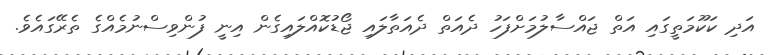
އަދި ކަކޫމަތީގައި އަތް ޖައްސާލުމަށްފަހު ދެއަތް ދެއަތާލައި ޖޯޑުކޮއްލައިގެން އިނީ ފުންވިސްނުމެއްގެ ތެރޭގައެވެ.